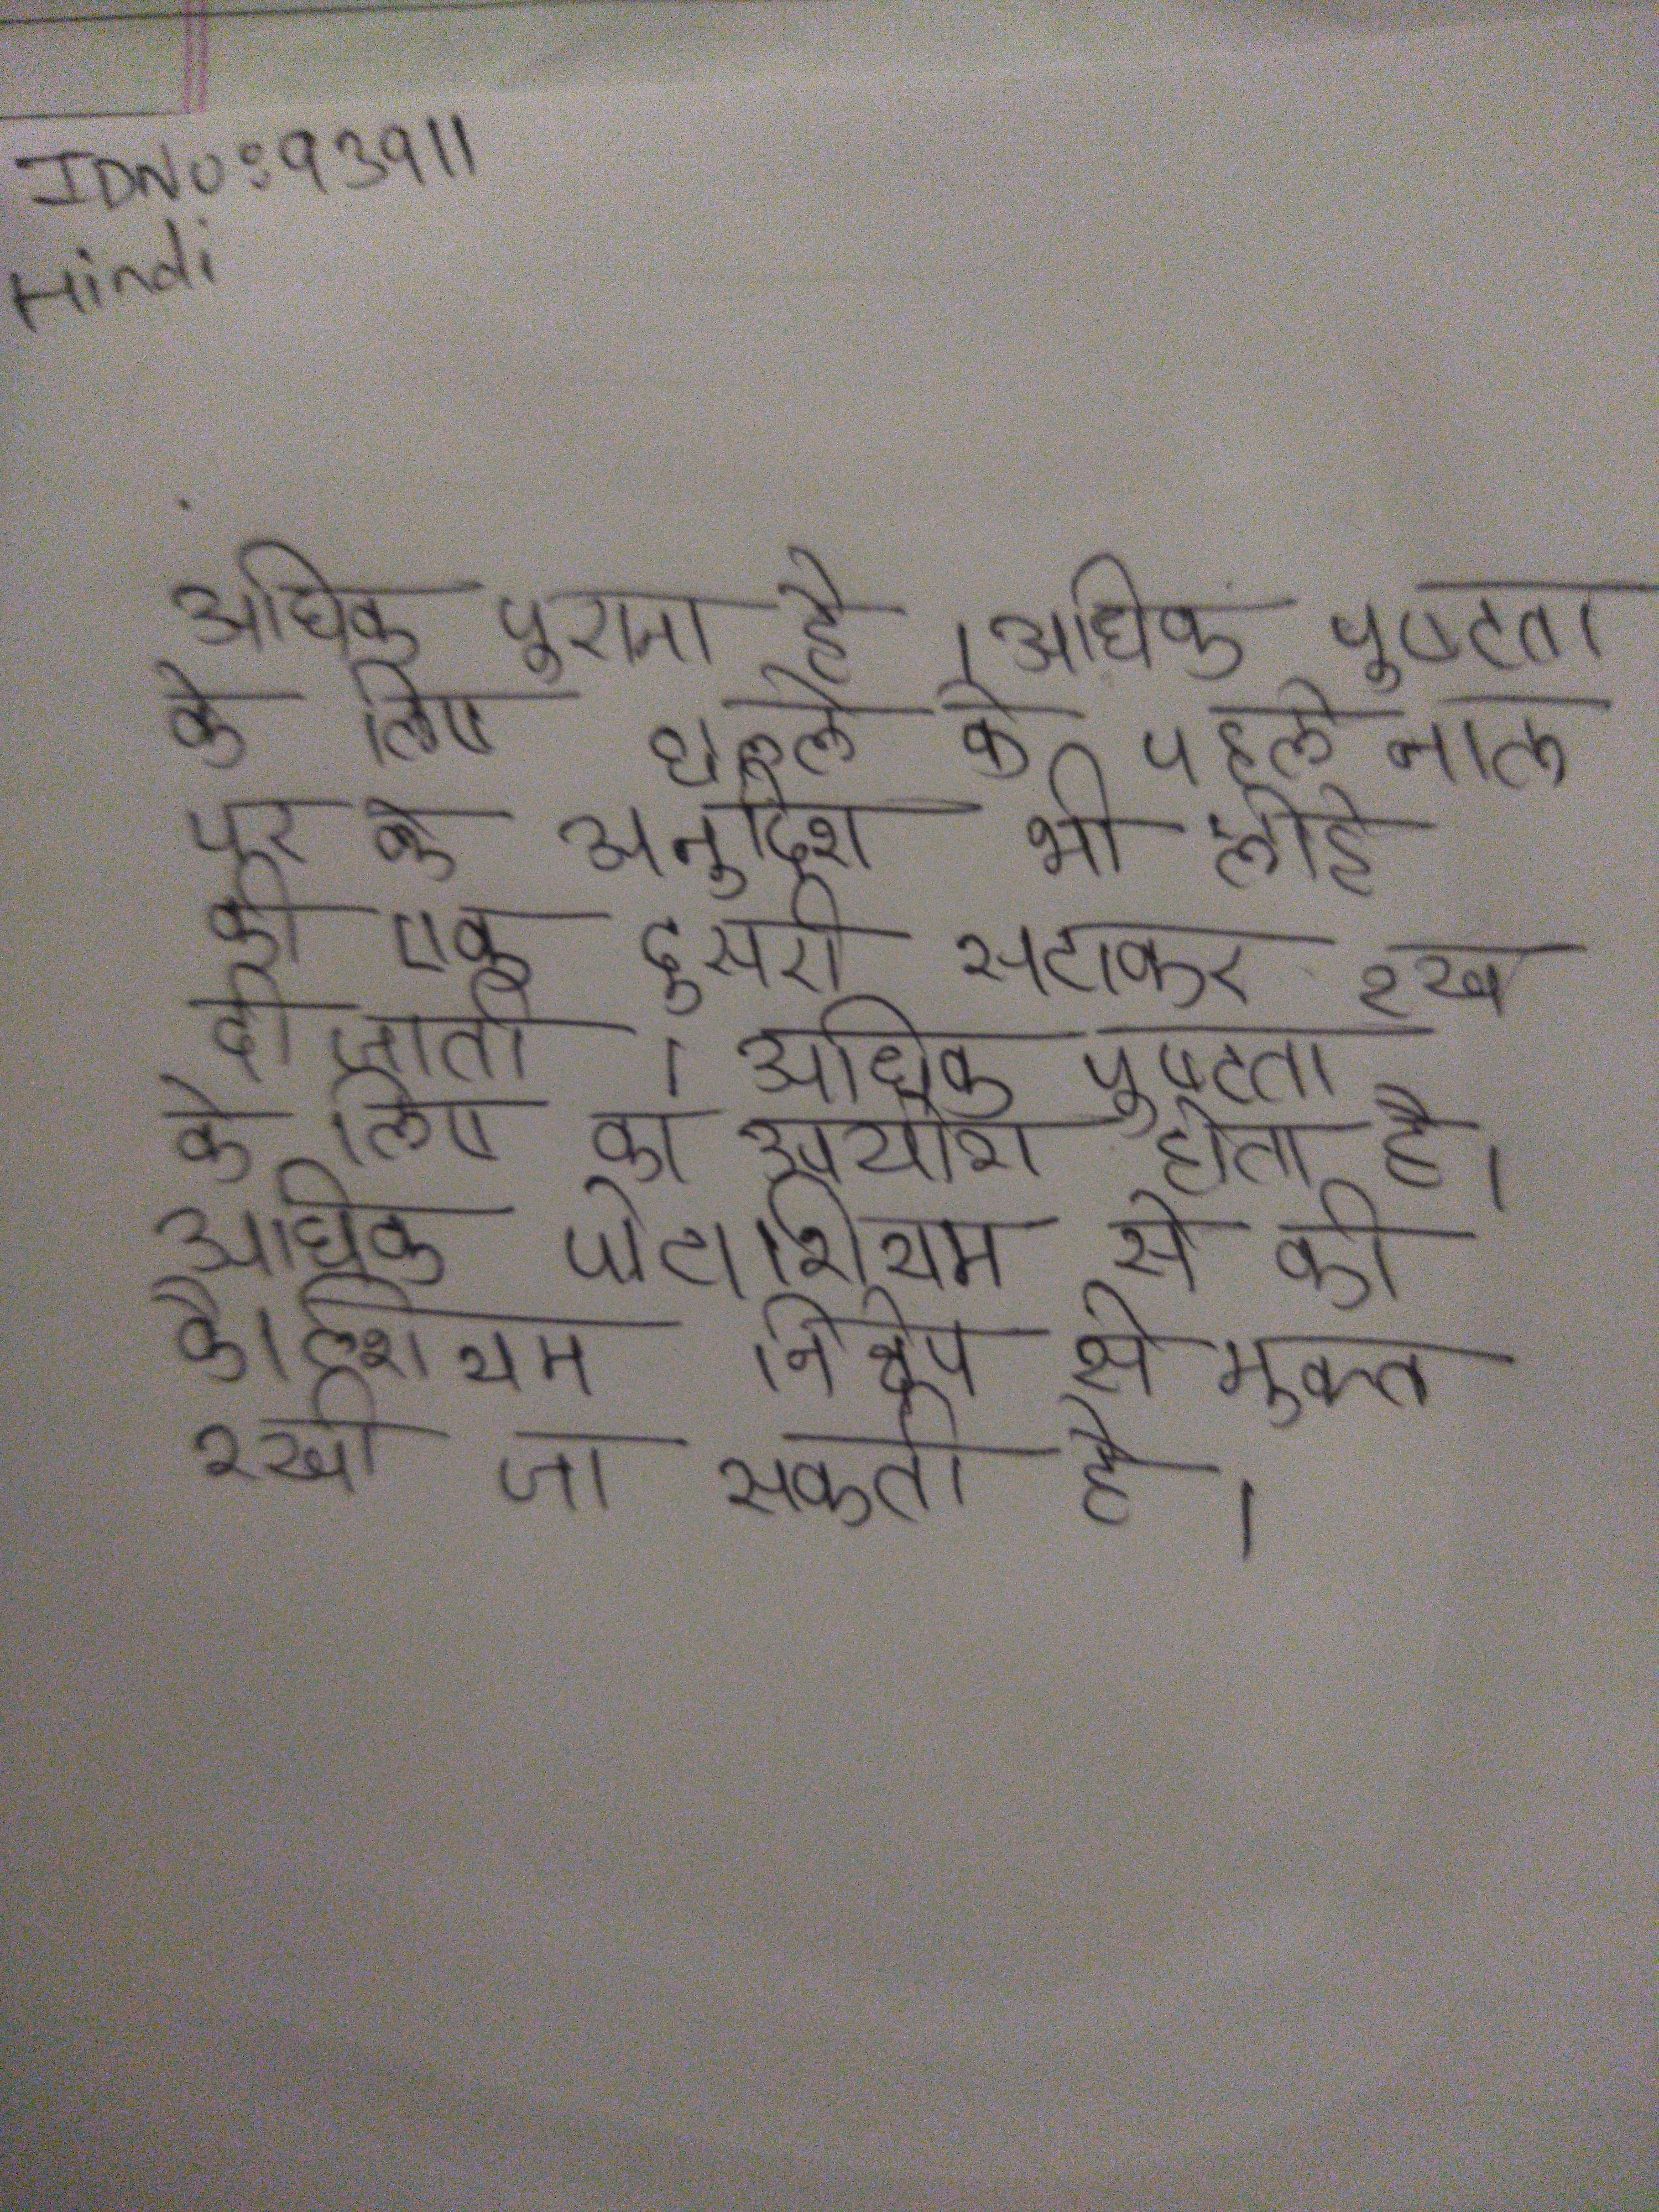
अधिक पुराना है । अधिक पुष्टता के लिए छल्ले के पहले नाल पर के अनुदिश भी लोहे की एक दूसरी से सटाकर रख दी जाती । अधिक पुष्टता के लिए का उपयोग होता है । अधिक पोटाशियम से की कैल्शियम निक्षेप से मुक्त रखी जा सकती है ।